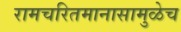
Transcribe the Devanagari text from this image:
रामचरितमानासामुळेच